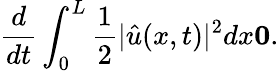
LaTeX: \frac{d}{dt}\int_{0}^{L}\frac{1}{2}|\hat{u}(x,t)|^{2}dx\le 0.